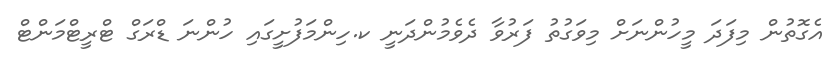
އެގޮތުން މިފަދަ މީހުންނަށް މިވަގުތު ފަރުވާ ދެވެމުންދަނީ ކ.ހިންމަފުށީގައި ހުންނަ ޑްރަގް ޓްރީޓްމަންޓް